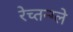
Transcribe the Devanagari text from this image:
रेच्तन्ग्ले